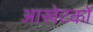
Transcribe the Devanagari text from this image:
आखेटकों